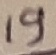
Text: 19